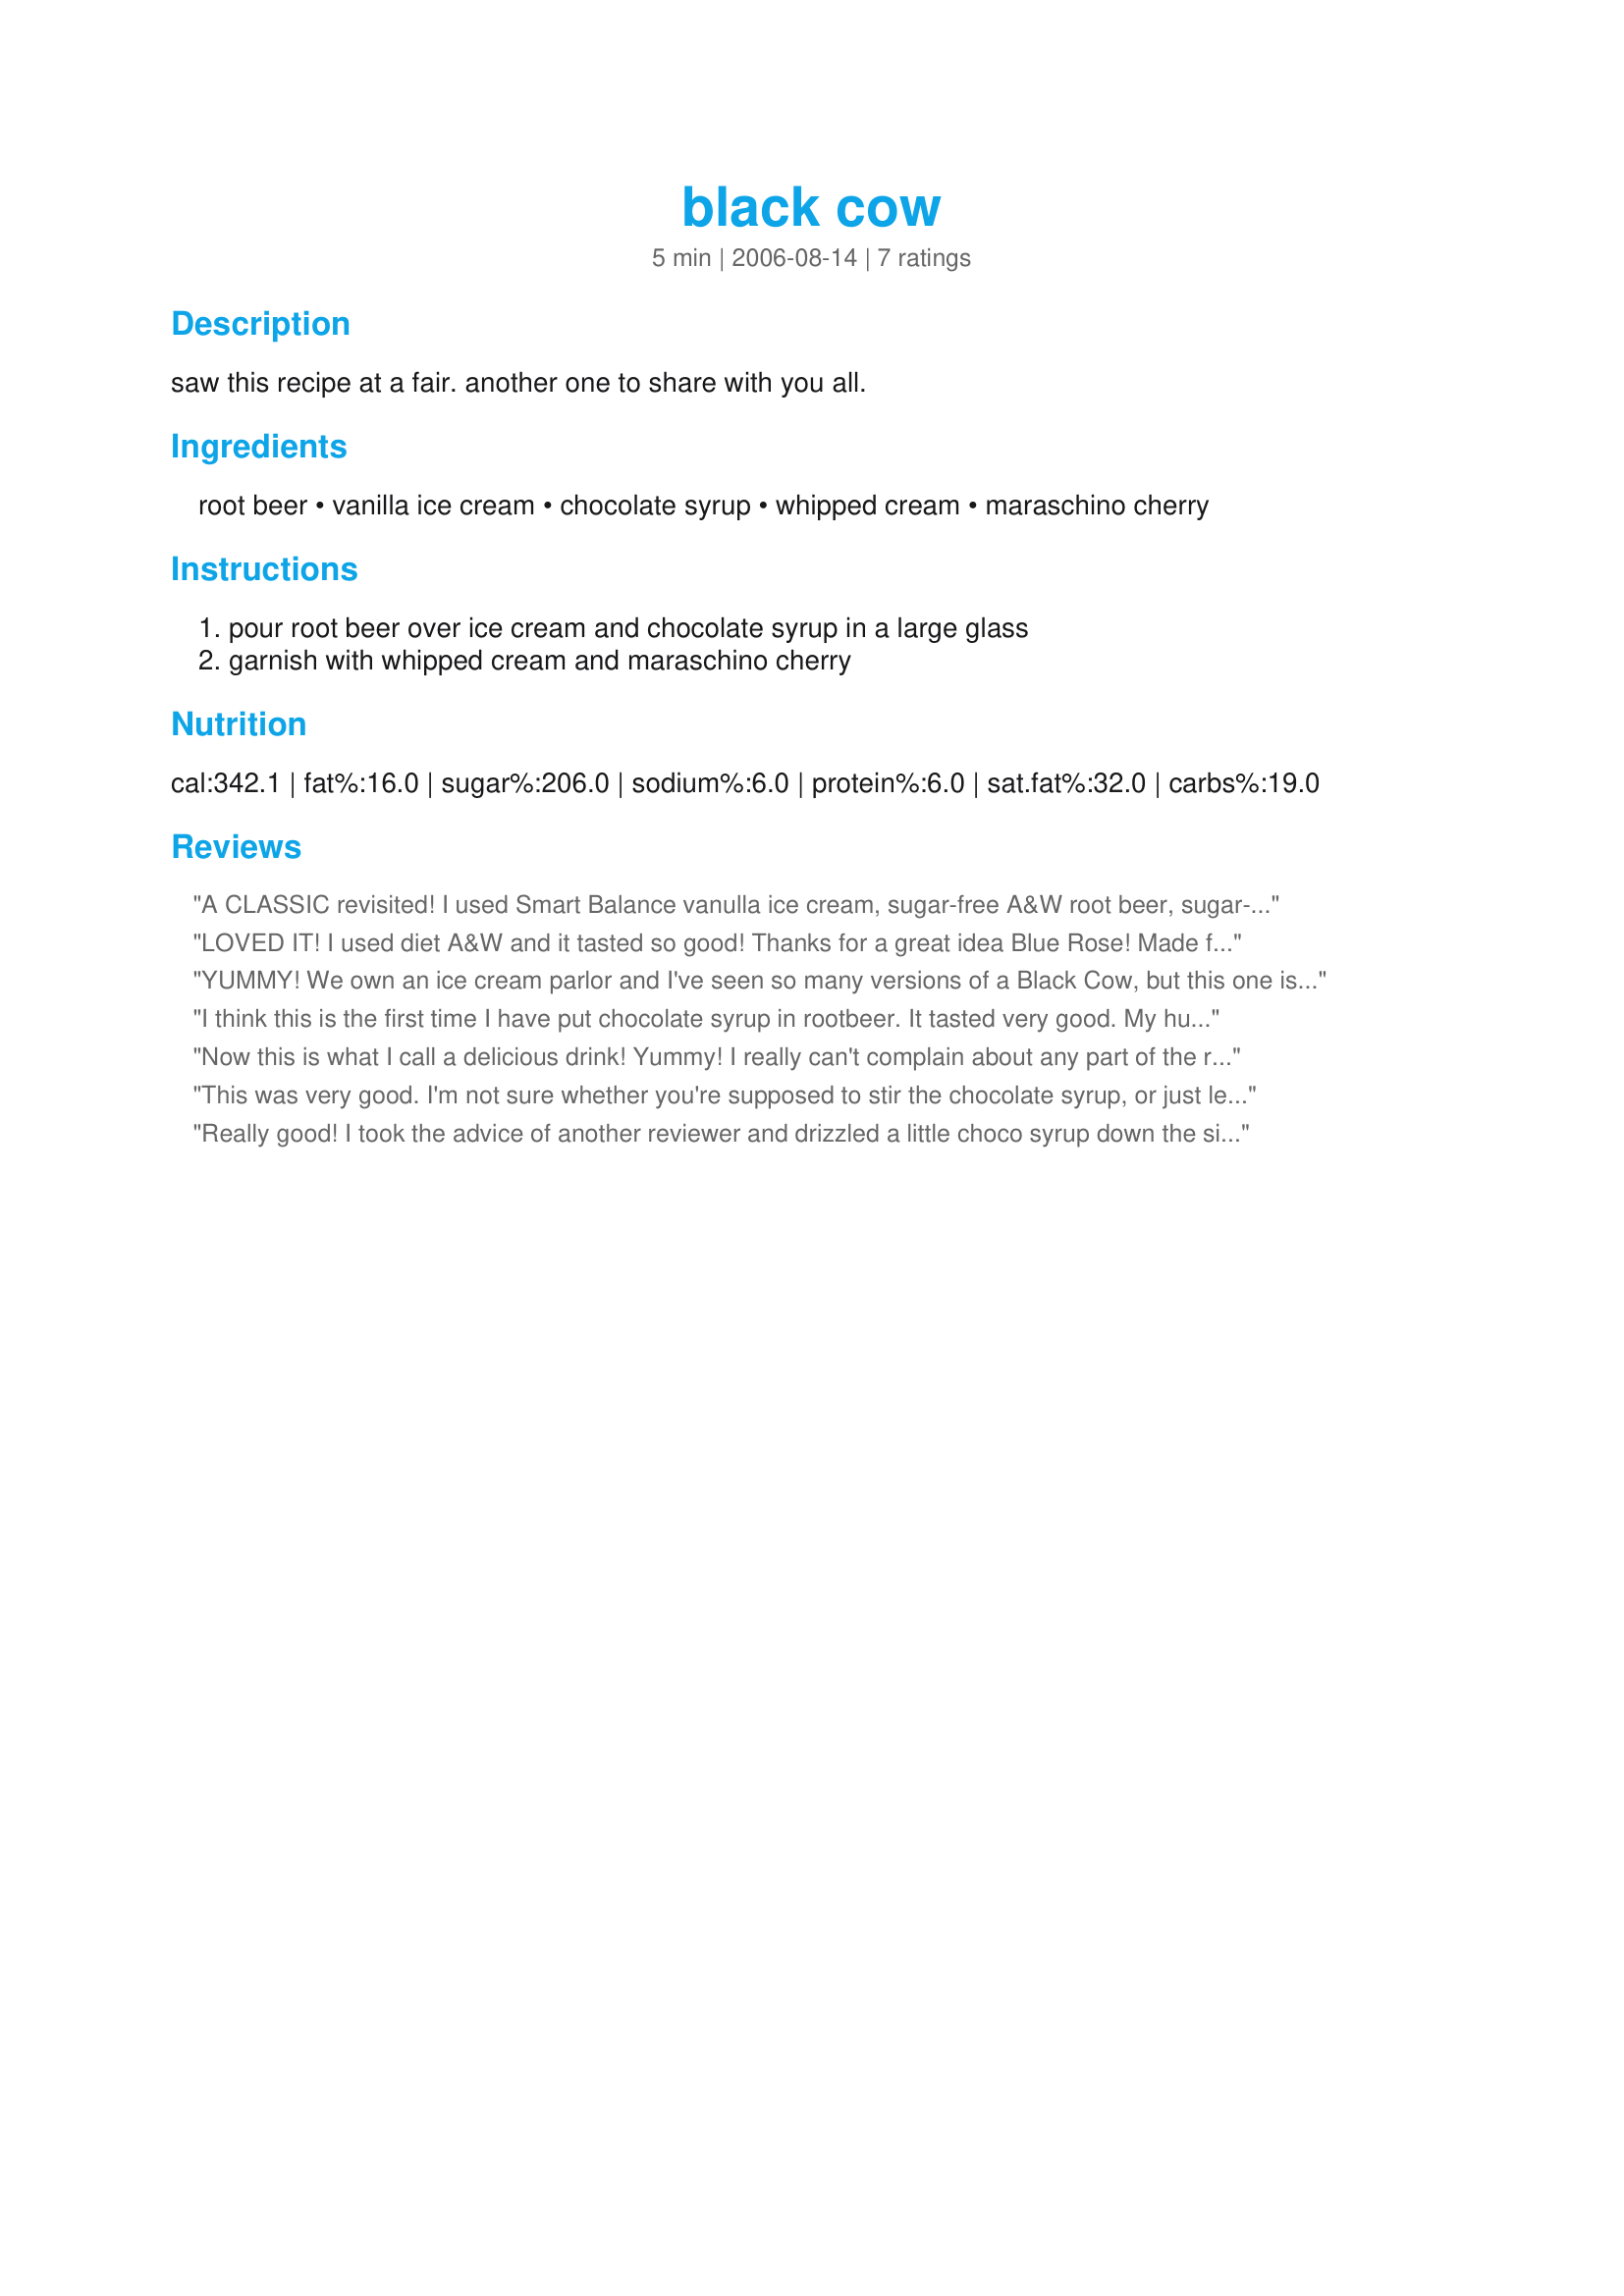
black cow
Preparation time: 5 minutes

saw this recipe at a fair. another one to share with you all.

Ingredients:
root beer, vanilla ice cream, chocolate syrup, whipped cream, maraschino cherry

Steps:
pour root beer over ice cream and chocolate syrup in a large glass, garnish with whipped cream and maraschino cherry

Reviews:
A CLASSIC revisited! I used Smart Balance vanulla ice cream, sugar-free A&W root beer, sugar-free chocolate syrup, ready made whipped cream and of course, cherries! I was a little amitious with my size of glass (I used a hurricane glass) and could easily have added two more scoops, and of course, cherries hidden throughout the delectable sweet murkiness. Pure Summer Fun! Posted for my teammate in Kumquat's Kookin' Kaboodles in ZWT4. Thanks much! ~Sue
LOVED IT! I used diet A&W and it tasted so good! Thanks for a great idea Blue Rose! Made for ZWT, please see my rating system as I rate tougher than most.
YUMMY! We own an ice cream parlor and I've seen so many versions of a Black Cow, but this one is the best I've come across. For future chefs: traditionally, you drizzle a little of the chocolate syrup on the bottom and/or sides of glass then add the ice cream and the rest of the chocolate syrup. Pour root beer over all. Eat with a spoon AND a straw! I loved the whipped cream and cherries on this...just had to scoop all the root beer fizz off before adding it. Thanks much!
I think this is the first time I have put chocolate syrup in rootbeer. It tasted very good. My husband and I enjoyed it. 

Thanks Blue Rose for a nice new drink recipe. 

Bullwinkle
Now this is what I call a delicious drink! Yummy! I really can't complain about any part of the recipe as it all went well together. Definetely a must try for some one who is trying to hold on to summer nowadays, although today was a really warm and sunny day to enjoy such a drink
This was very good. I'm not sure whether you're supposed to stir the chocolate syrup, or just let it go to the bottom of the glass. If that's the case, then another scoop of ice cream is needed to use up the syrup. It's such a shame to have leftover chocolate syrup. lol
Really good! I took the advice of another reviewer and drizzled a little choco syrup down the sides of the glass and also topped the ice cream with it. What is not to love about a root beer float, especially when you add chocolate?! Made for PAC Spring 2011.
